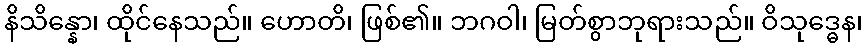
နိသိန္နော၊ ထိုင်နေသည်။ ဟောတိ၊ ဖြစ်၏။ ဘဂဝါ၊ မြတ်စွာဘုရားသည်။ ဝိသုဒ္ဓေန၊